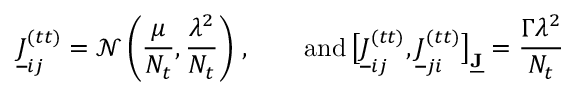
\underline { { J } } _ { i j } ^ { ( t t ) } = \mathcal { N } \left( \frac { \mu } { N _ { t } } , \frac { \lambda ^ { 2 } } { N _ { t } } \right) \, , \qquad \mathrm { a n d } \, \big [ \underline { { J } } _ { i j } ^ { ( t t ) } , \underline { { J } } _ { j i } ^ { ( t t ) } \big ] _ { \underline { { \mathbf { J } } } } = \frac { \Gamma \lambda ^ { 2 } } { N _ { t } }